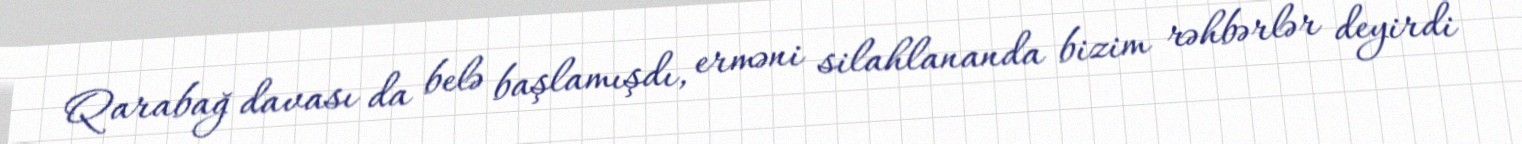
Qarabağ davası da belə başlamışdı, erməni silahlananda bizim rəhbərlər deyirdi